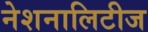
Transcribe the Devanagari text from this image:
नेशनालिटीज